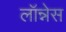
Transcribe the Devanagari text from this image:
लॉन्नेस